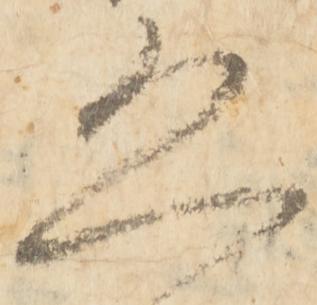
恐